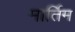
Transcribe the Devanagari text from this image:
मार्तिम